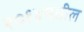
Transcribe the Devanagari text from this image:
२०१४मधील